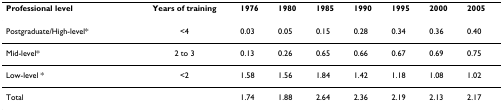
| Professional level | Years of training | 1976 | 1980 | 1985 | 1990 | 1995 | 2000 | 2005 |
 | --- | --- | --- | --- | --- | --- | --- | --- | --- |
 | Postgraduate/High-level* | <4 | 0.03 | 0.05 | 0.15 | 0.28 | 0.34 | 0.36 | 0.40 |
 | Mid-level* | 2 to 3 | 0.13 | 0.26 | 0.65 | 0.66 | 0.67 | 0.69 | 0.75 |
 | Low-level * | <2 | 1.58 | 1.56 | 1.84 | 1.42 | 1.18 | 1.08 | 1.02 |
 | Total |  | 1.74 | 1.88 | 2.64 | 2.36 | 2.19 | 2.13 | 2.17 |